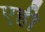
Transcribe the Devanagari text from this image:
एही